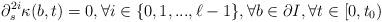
LaTeX: \begin{align*}\partial_s^{2i}\kappa(b, t)=0, \forall i\in\{0, 1,..., \ell-1\}, \forall b\in\partial I, \forall t\in[0,t_0) \end{align*}